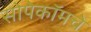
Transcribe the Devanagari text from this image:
सोपेकॉमचे